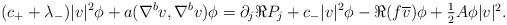
LaTeX: \begin{align*} (c_{+}+\lambda_{-})|v|^{2}\phi+ a(\nabla^{b}v,\nabla^{b}v)\phi= \partial_{j}\Re P_{j} +c_{-}|v|^{2}\phi -\Re(f \overline{v})\phi +\textstyle \frac12 A \phi|v|^{2}. \end{align*}